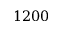
1 2 0 0